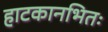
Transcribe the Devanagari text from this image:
हाटकानभितः